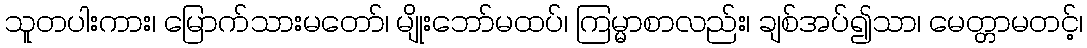
သူတပါးကား၊ မြောက်သားမတော်၊ မျိုးဘော်မထပ်၊ ကြမ္မာစာလည်း၊ ချစ်အပ်၍သာ၊ မေတ္တာမတင့်၊